Vaccination in Bombay 1902-1912 - 1902-1912
Year: 1902
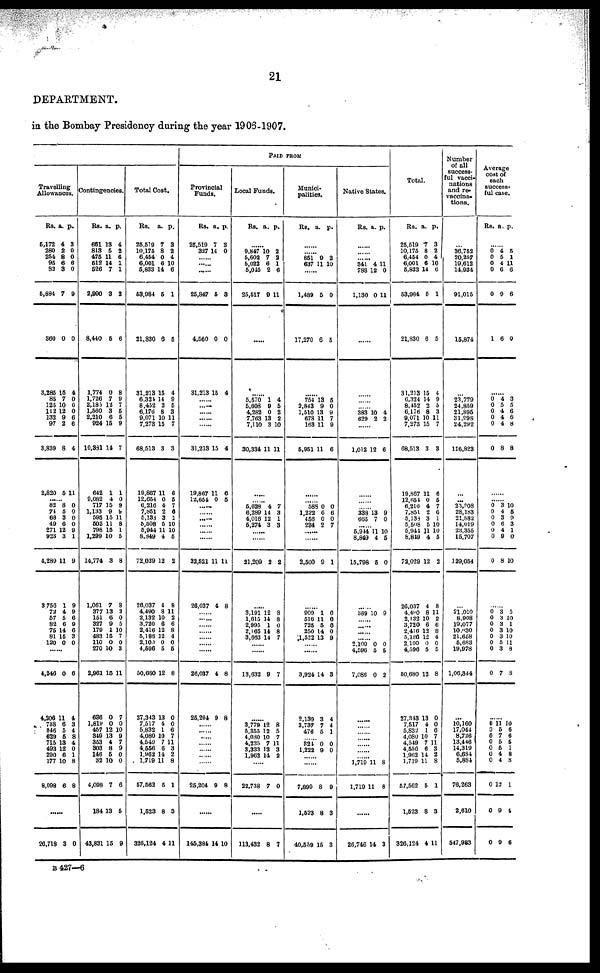
21
DEPARTMENT.
in the Bombay Presidency during the year 1906-1907.
PAID FROM
Travelling
Allowances.
Rs.
5,172
280
254
95
32
6,884
860
3,285
85
125
112
132
97
3,839
2,820
a.
4
2
8
6
3
7
0
15
7
10
12
9
2
8
5
p.
3
0
0
6
0
9
0
4
0
0
0
6
6
4
11
......
82
74
68
49
271
923
4,289
3,756
72
57
82
75
81
120
8
5
3
6
12
3
11
1
4
5
6
14
15
0
0
0
0
0
9
1
9
9
9
6
9
6
3
0
4,246
4,206
788
846
629
715
493
290
177
8,098
0
11
6
5 5
13
12
6
10
6
6
4
3
4
8
4
0
1
8
8
......
26,718 3 0
Contingencies.
Rs.
661
813
475
512
526
2,990
8,440
1,774
1,726
2,185
1,560
2,210
924
10,831
642
9,082
717
1,133
595
503
798
1,299
14,774
1,061
377
151
327
179
483
110
270
2,961
636
1,819
457
349
353
303
146
32
4,098
184
43,831
a.
18
5
11
14
7
3
5
0
7
12
3
6
15
14
1
4
15
9
15
11
15
10
3
7
13
6
9
1
15
0
10
15
0
0
12
13
4
8 5
10
7
13
15
p.
4
2
6
1
1
2
6
8
9
7
5
5
9
7
1
0
9
9
11
8
1
5
8
8
2
0
5
10
7
0
3
11
7
0
10
9
7
9
0
0
6
5
9
Total Cost.
Rs.
26,519
10,175
6,454
6,001
5,833
53,984
21,830
31,213
6,324
8,452
6,176
9,071
7,273
68,513
19,867
12,654
6,216
7,851
5,133
5,508
5,944
8,349
72,029
26,037
4,490
2,132
3,720
2,416
5,185
2,100
4,696
50,680
27,343
7,517
5,832
4,080
4,549
4,556
1,962
1,719
57,662
1,623
326,124
a.
7
8
0
6
14
5
6
15
14
2
8
10
15
3
11
0
4
2
3
5
11
4
12
4
8
10
6
12
12
0
5
12
13
4
1
10
7
6
14
11
5
8
4
p.
3
2
4
10
6
1
5
4
9
5
3
11
7
3
6
5
7
6
1
10
10
5
2
8
11
2
6
8
4
0
5
8
0
0
6
7
11
3
2
8
1
3
11
Provincial
Funds.
Rs.
25,519
327
a.
7
14
p.
3
0
...... ......
......
25,847
4,560
31,213
5
0
15
3
0
4
......
......
......
......
31,213
19,867
12,654
15
11
0
4
6
5
......
...... ......
......
...... ......
32,521
26,037
11
4
11
8
......
......
......
......
......
26,037
25,204
4
9
8
8
......
......
......
......
......
......
25,204 9 8
145,384 14 10
Local Funds.
Rs. a. p.
......
9,847
5,602
5,022
5,045
25,517
10
7
6
2
9
2
2
1
6
11
......
......
5,570
5,603
4,282
7,763
7,110
30,334
1
9
0
13
3
11
4
5
2
2
10
11
......
......
5,628
6,289
4,016
5,274
4
14
12
3
7
3
1
3
......
......
21,209 2 2
......
3,191
1,615
2,995
2,165
3,663
12
14
1
14
14
8
8
0
8 7
......
13,632 9 7
......
3,779
5,355
4,030
4,225
3,333
1,962
12
12
10
7
18
14
8
5
7
11
3
2
......
22,738 7 0
.....
113,432 8 7
Munici-
palities.
Rs.
a. p.
......
......
851
637
9
11
2
10
......
1,489
17,270
5
6
0
5
......
754
2,843
1,510
678
163
5,951
13
9
13
11
11
11
5
0
9
7
9
6
......
...... 588
1,222
456
234
0
6
0
2
0
6
0
7
......
2,500 9 1
......
909
516
725
250
1,522
1
11
5
14
13
6
6
6
0
9
.....
......
3,924
2,139
3,737
476
14
3
7
5
3
4
4
1
...... 321
1,222
0
9
0
0
......
7,899
1,523
40,559
8
8
15
9
3
3
Native States.
Rs. a. p.
......
...... ......
341
788
1,130
4
12
0
11
0
11
......
...... 383
629
10
2
4
2
......
1,012 12 6
......
......
......
338
665
13
7
9
0
...... 5,944
8,849
15,798
11
4
5
10
5
0
389 10 9
...... ......
......
2,100
4,596
7,086
0
5
0
0
5
2
......
......
......
......
......
......
...... 1,719
1,719
11
11
8
8
26,746 14 3
Total.
Rs.
25,619
10,175
6,454
6,001
5,833
53,984
21,830
31,213
6,324
8,452
6,176
9,071
7,273
68,513
19,867
12, 654
6,216
7,851
5,133
5,608
5,941
8,819
72,029
26,037
4,490
2,132
3,720
2,416
5,186
2,100
4,596
50,680
27,343
7,517
5,832
4,080
4,549
4,556
1,962
1,719
57,562
1,523
326,124
a.
7
8
0
6
14
5
6
15
14
2
8
10
15
3
11
0
4
2
3
5
11
4
12
4
8
10
6
12
12
0
5
12
13
4
1
10
7
6
14
11
5
8
4
p.
3
2
4
10
6
1
5
4
9
5
3
11
7
8
6
5
7
6
1
10
10
5
2
8
11
2
6 8
4
0
5
8
0
0
6
7
11
3
2
8
1
3
11
Number
of all
success-
ful vacci-
nations
and re-
vaccina¬
tions.
...
36,752
20,257
19,612
14,934
91,016
15,874
...
23,779
24,859
21,895
31,998
24,292
126,823
...
...
23,908
28,183
21,882
14,019
23,355
15,707
129,054
...
21,010
8,908
19,077
10,030
21,658
5,683
19,978
1,06,344
...
10,160
17,044
8,726
13,446
14,319
6,684
5,884
76,263
2,610
547,983
Average
cost of
each
success-
ful case.
Rs. a. p.
......
0
0
0
0
0
1
4
5
4
6
9
6
5
1
11
6
6
0
......
0
0
0
0
0
0
4
5
4
4
4
8
3
5
6
6
8
8
......
......
0
0
0
0
0
0
0
3
4
3
6
4
9
8
10
5
9
3
1
0
10
......
0
0
0
0
0
0
0
0
3
3
3
3
3
5
3
7
5
10
1
10
10
11 8
8
......
0
0
0
0
0
0
0
0
0
0
11
5
7
5
5
4
4
12
9
9
10
6
6
5
1
8
8
1
4
6
B 427—6